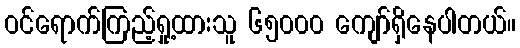
ဝင်ရောက်ကြည့်ရှု့ထားသူ ၆၅၀၀၀ ကျော်ရှိနေပါတယ်။